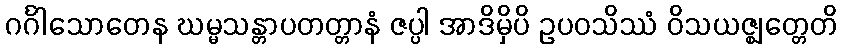
ဂင်္ဂါသောတေန ဃမ္မသန္တာပတတ္တာနံ ဇပ္ပါ အာဒိမှိပိ ဥပဝသိဿံ ဝိသယဇ္ဈတ္တေတိ